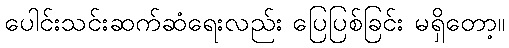
ပေါင်းသင်းဆက်ဆံရေးလည်း ပြေပြစ်ခြင်း မရှိတော့။